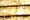
شيء